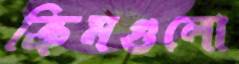
ক্রিমগুলো